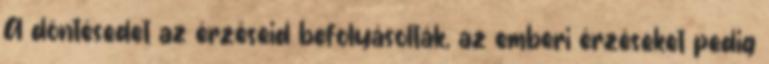
A döntésedet az érzéseid befolyásolták, az emberi érzéseket pedig